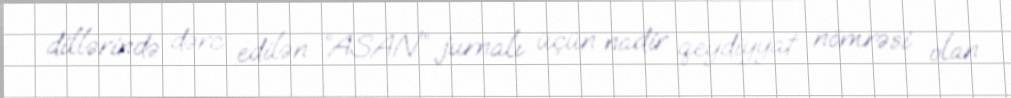
dillərində dərc edilən “ASAN” jurnalı üçün nadir qeydiyyat nömrəsi olan